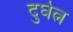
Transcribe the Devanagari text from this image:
दुर्घत्न